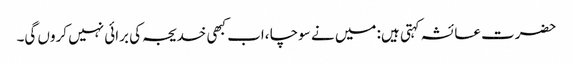
حضرت عائشہ کہتی ہیں: میں نے سوچا ،اب کبھی خدیجہ کی برائی نہیں کروں گی۔